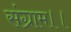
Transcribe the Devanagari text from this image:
संग्राम।।